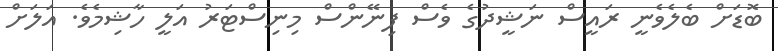
ބޮޑަށް ބެލެވެނީ ރައީސް ނަޝީދުގެ ވެސް ފިނޭންސް މިނިސްޓަރު އަލީ ހާޝިމެވެ. އަލަށް